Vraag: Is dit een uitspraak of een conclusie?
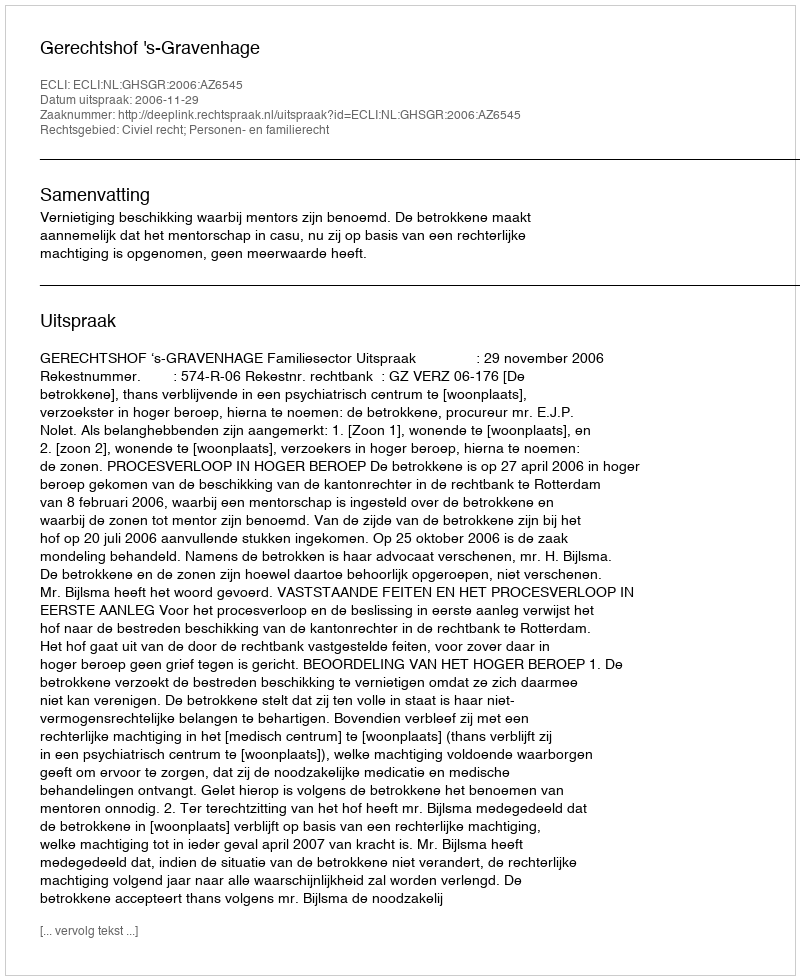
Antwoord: Uitspraak